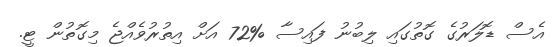
އެސް ޑޮލަރުގެ ގޮތުގައި ލިބުނު ފައިސާ %72 އަށް އިތުރުވެއްޖެ މިގޮތުން ޓީ.